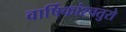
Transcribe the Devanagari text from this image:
वार्षिकांश्चतुरो